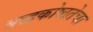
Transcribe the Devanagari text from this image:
बद्धकोष्ठतेचा